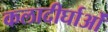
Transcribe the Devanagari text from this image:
कलादीर्घाओं